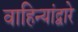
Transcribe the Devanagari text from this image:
वाहिन्यांद्वारे